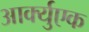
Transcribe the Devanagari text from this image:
आर्क्युएक